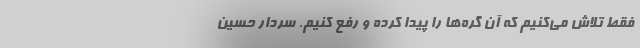
فقط تلاش می‌کنیم که آن گره‌ها را پیدا کرده و رفع کنیم. سردار حسین